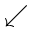
\swarrow